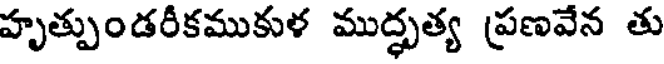
హృత్పుండరీకముకుళ ముద్ధృత్య ప్రణవేన తు